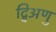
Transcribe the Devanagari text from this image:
द्विअणु